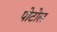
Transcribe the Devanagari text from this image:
पोटोल